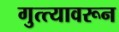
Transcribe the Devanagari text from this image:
गुत्त्यावरून